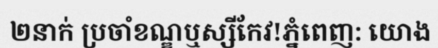
២នាក់ ប្រចាំខណ្ឌឬស្សីកែវ!ភ្នំពេញ: យោង